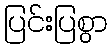
ပြင်းပြစွာ